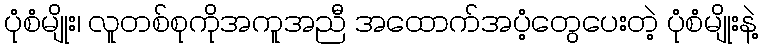
ပုံစံမျိုး၊ လူတစ်စုကိုအကူအညီ အထောက်အပံ့တွေပေးတဲ့ ပုံစံမျိုးနဲ့